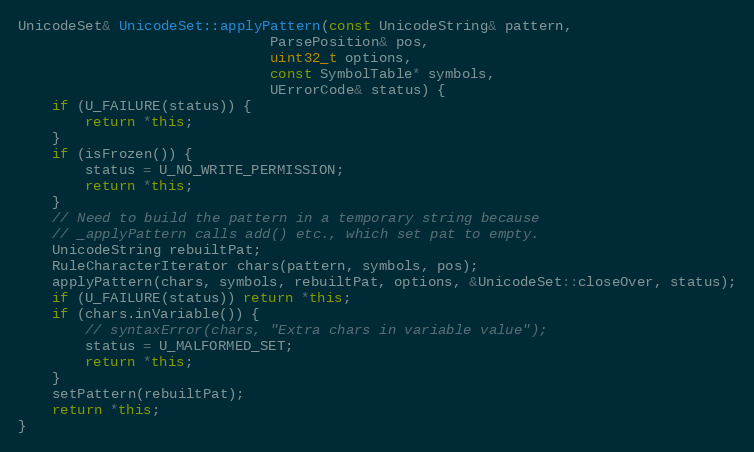
Language: C++
UnicodeSet& UnicodeSet::applyPattern(const UnicodeString& pattern,
                              ParsePosition& pos,
                              uint32_t options,
                              const SymbolTable* symbols,
                              UErrorCode& status) {
    if (U_FAILURE(status)) {
        return *this;
    }
    if (isFrozen()) {
        status = U_NO_WRITE_PERMISSION;
        return *this;
    }
    // Need to build the pattern in a temporary string because
    // _applyPattern calls add() etc., which set pat to empty.
    UnicodeString rebuiltPat;
    RuleCharacterIterator chars(pattern, symbols, pos);
    applyPattern(chars, symbols, rebuiltPat, options, &UnicodeSet::closeOver, status);
    if (U_FAILURE(status)) return *this;
    if (chars.inVariable()) {
        // syntaxError(chars, "Extra chars in variable value");
        status = U_MALFORMED_SET;
        return *this;
    }
    setPattern(rebuiltPat);
    return *this;
}